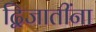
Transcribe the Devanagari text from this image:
द्विजातींना